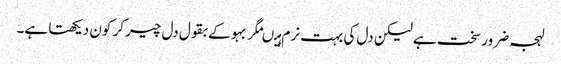
لہجہ ضرور سخت ہے لیکن دل کی بہت نرم ہیںمگر بہو کے بقول دل چیر کر کون دیکھتا ہے۔